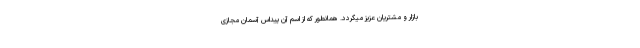
بازار و مشتریان عزیز میگردد. همانطور که از اسم آن پیداس آسمان مجازی